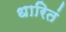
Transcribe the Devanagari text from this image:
धारितं